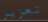
تعزيز